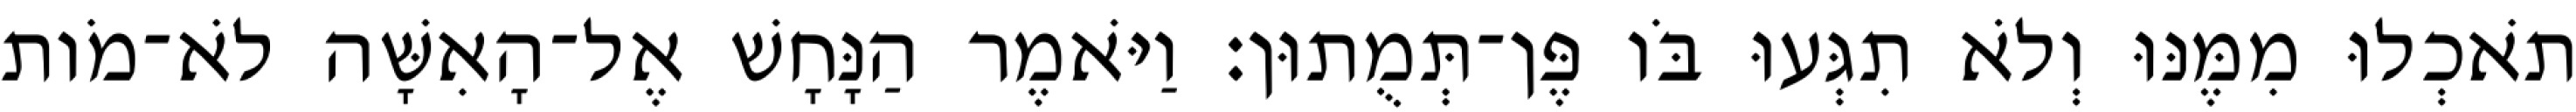
תֹאכְלוּ מִמֶּנּוּ וְלֹא תִגְּעוּ בֹּו פֶּן־תְּמֻתוּן׃ וַיֹּאמֶר הַנָּחָשׁ אֶל־הָאִשָּׁה לֹא־מֹות